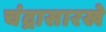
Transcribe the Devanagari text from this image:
चंद्रासारखे